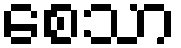
စေသာ